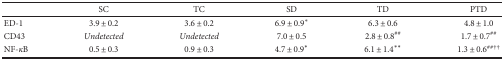
|  | SC | TC | SD | TD | PTD |
 | --- | --- | --- | --- | --- | --- |
 | ED-1 | 3.9 ± 0.2 | 3.6 ± 0.2 | 6.9 ± 0.9∗ | 6.3 ± 0.6 | 4.8 ± 1.0 |
 | CD43 | Undetected | Undetected | 7.0 ± 0.5 | 2.8 ± 0.8## | 1.7 ± 0.7## |
 | NF-κB | 0.5 ± 0.3 | 0.9 ± 0.3 | 4.7 ± 0.9∗ | 6.1 ± 1.4∗∗ | 1.3 ± 0.6##†† |